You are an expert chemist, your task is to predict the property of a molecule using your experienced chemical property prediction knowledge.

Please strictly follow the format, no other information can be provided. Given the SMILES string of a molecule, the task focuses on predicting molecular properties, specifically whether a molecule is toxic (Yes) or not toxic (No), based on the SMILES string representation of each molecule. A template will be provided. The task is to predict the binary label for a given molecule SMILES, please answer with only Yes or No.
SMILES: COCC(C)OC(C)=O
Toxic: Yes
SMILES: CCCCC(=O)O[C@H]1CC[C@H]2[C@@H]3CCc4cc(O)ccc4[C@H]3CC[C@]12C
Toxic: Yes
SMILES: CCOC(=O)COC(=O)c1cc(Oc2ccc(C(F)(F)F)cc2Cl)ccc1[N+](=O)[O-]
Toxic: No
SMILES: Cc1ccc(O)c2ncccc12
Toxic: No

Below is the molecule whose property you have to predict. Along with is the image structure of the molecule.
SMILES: O=c1cc(-c2ccc(O)cc2)oc2cc(O)cc(O)c12
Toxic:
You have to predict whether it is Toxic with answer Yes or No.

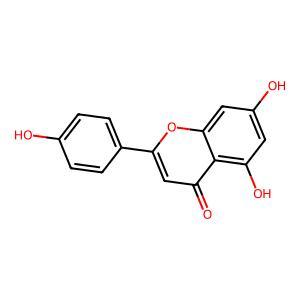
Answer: No